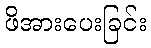
ဖိအားပေးခြင်း